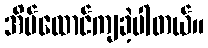
အိမ်ထောင်ကျခဲ့ပါတယ်။